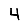
Digit: 4